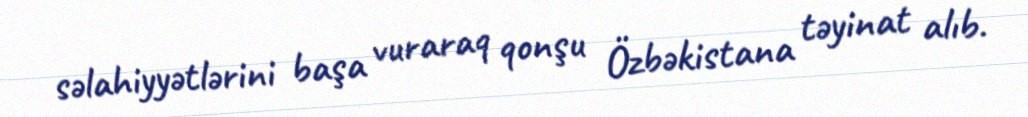
səlahiyyətlərini başa vuraraq qonşu Özbəkistana təyinat alıb.